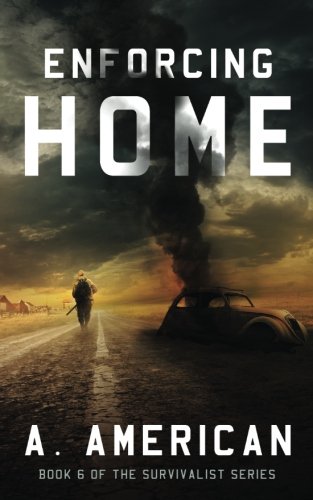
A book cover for Enforcing Home (The Survivalist) (Volume 6); A American; Science Fiction & Fantasy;